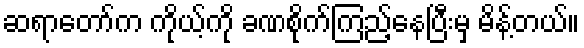
ဆရာတော်က ကိုယ့်ကို ခဏစိုက်ကြည့်နေပြီးမှ မိန့်တယ်။